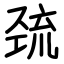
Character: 巯